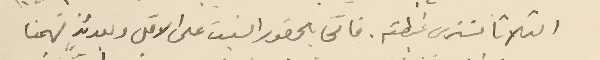
الثلاثا لنرى غبطته. فالحا بالحضور السبت على الاقل وبعدئذٍ فهمنا